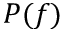
P ( f )